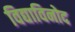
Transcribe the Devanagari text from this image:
विद्याविनोद